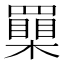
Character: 𦌮